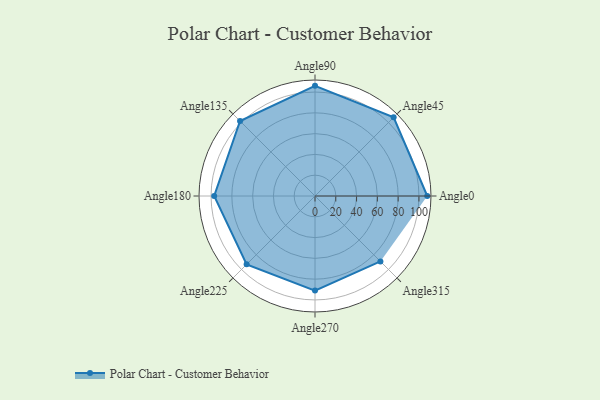
{"axis": {"x": "Angle", "y": "Radius"}, "legend": [""], "data": [{"x": "Angle0", "y": 108.0, "type": ""}, {"x": "Angle45", "y": 107.0, "type": ""}, {"x": "Angle90", "y": 106.0, "type": ""}, {"x": "Angle135", "y": 102.0, "type": ""}, {"x": "Angle180", "y": 97.0, "type": ""}, {"x": "Angle225", "y": 93.0, "type": ""}, {"x": "Angle270", "y": 91.0, "type": ""}, {"x": "Angle315", "y": 89.0, "type": ""}]}